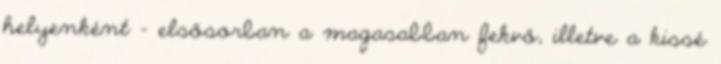
helyenként - elsősorban a magasabban fekvő, illetve a kissé